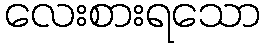
လေးစားရသော